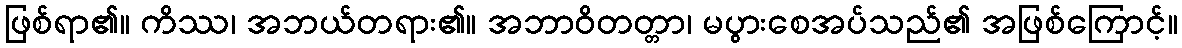
ဖြစ်ရာ၏။ ကိဿ၊ အဘယ်တရား၏။ အဘာဝိတတ္တာ၊ မပွားစေအပ်သည်၏ အဖြစ်ကြောင့်။